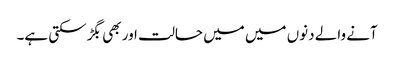
آنے والے دنوں میں میں حالت اور بھی بگڑ سکتی ہے۔